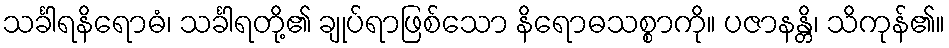
သင်္ခါရနိရောဓံ၊ သင်္ခါရတို့၏ ချုပ်ရာဖြစ်သော နိရောဓသစ္စာကို။ ပဇာနန္တိ၊ သိကုန်၏။